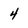
Character: 4